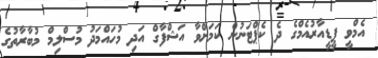
އެމްވީ ޕީޑީއާރުއެމްގެ ދެ ކެޕްޓަނުން ކަމަށްވާ އަޝްފާގް އަދި މުހައްމަދު މުސްލިމް މުބާރާތުގެ